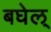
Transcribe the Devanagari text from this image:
बघेल्